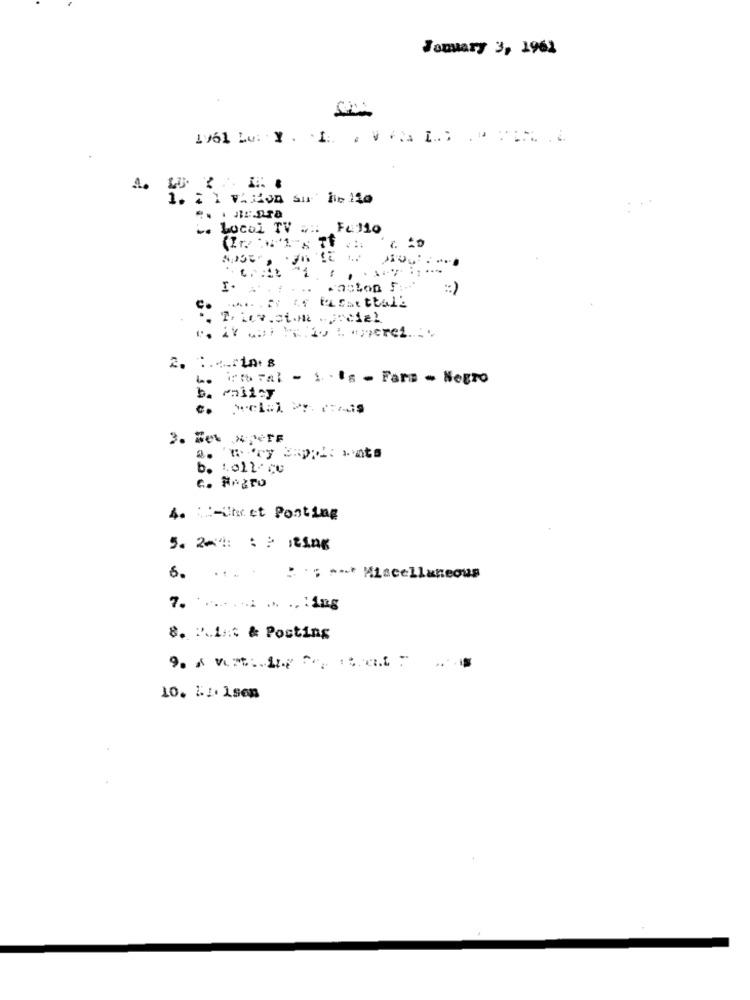
January 3, 1962
FL 110
"1
I ......
2. ...... tar 8
itb Fal - 1 . is - Fare - Negro
c. elal Dr. cas
3. Be% *** IF
b. 1.011-CU
c. FRETO
4. :.- Uhr et Posting
5. 201: : : ting
6. ... . . . ; **** Miscellaneous
7. ing
8. P'.1/t & Posting
10. 11. 1sen